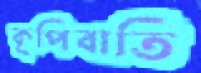
কূপিবাতি